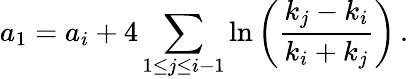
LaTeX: a_{1}=a_{i}+4\sum_{1\leq j\leq i-1}\ln\left(\frac{k_{j}-k_{i}}{k_{i}+k_{j}}\right)\, .